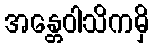
အန္တေဝါသိကမှိ